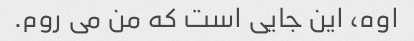
اوه، این جایی است که من می روم.